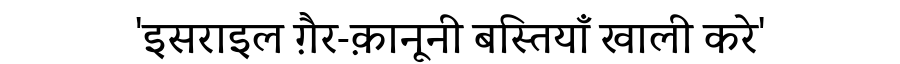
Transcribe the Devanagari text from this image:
'इसराइल ग़ैर-क़ानूनी बस्तियाँ खाली करे'